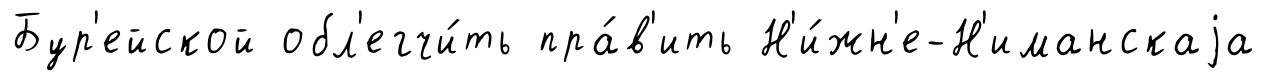
Бур'ейской обл'егчи́ть пра́в'ить Н'и́жн'е-Н'иманскаjа